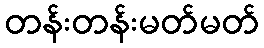
တန်းတန်းမတ်မတ်